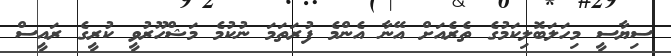
ސިޔާސީ މިހަލަބޮލިކަމުގެ ތެރެއަށް އޭނާ އެންމެ ފުރަތަމަ ނުކުމެ މަޝްހޫރުވީ ކުރީގެ ރައީސް